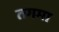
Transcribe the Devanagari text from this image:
तगमा